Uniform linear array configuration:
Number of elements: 12
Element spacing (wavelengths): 0.75
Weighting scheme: uniform
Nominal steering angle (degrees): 60
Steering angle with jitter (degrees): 61.243
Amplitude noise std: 0.05
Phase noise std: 0.05

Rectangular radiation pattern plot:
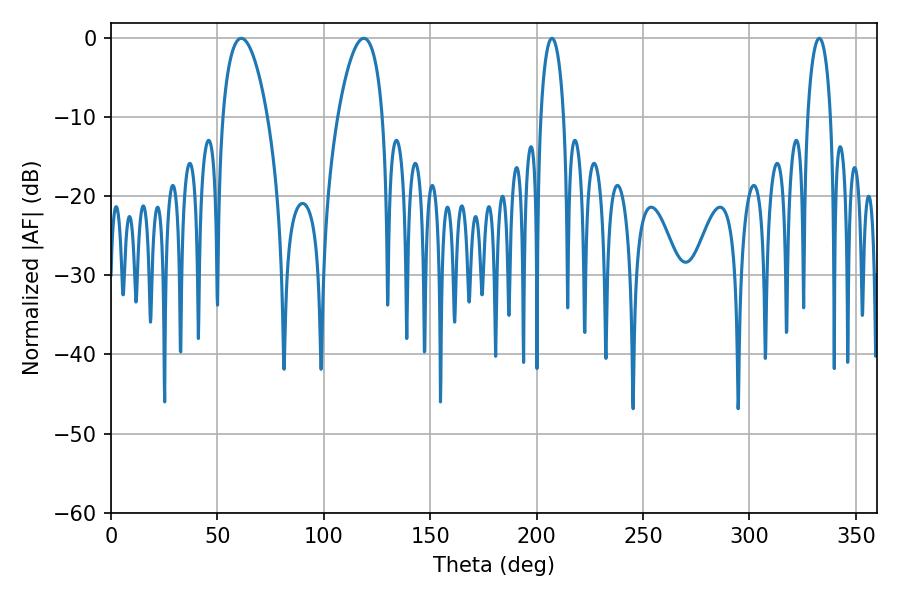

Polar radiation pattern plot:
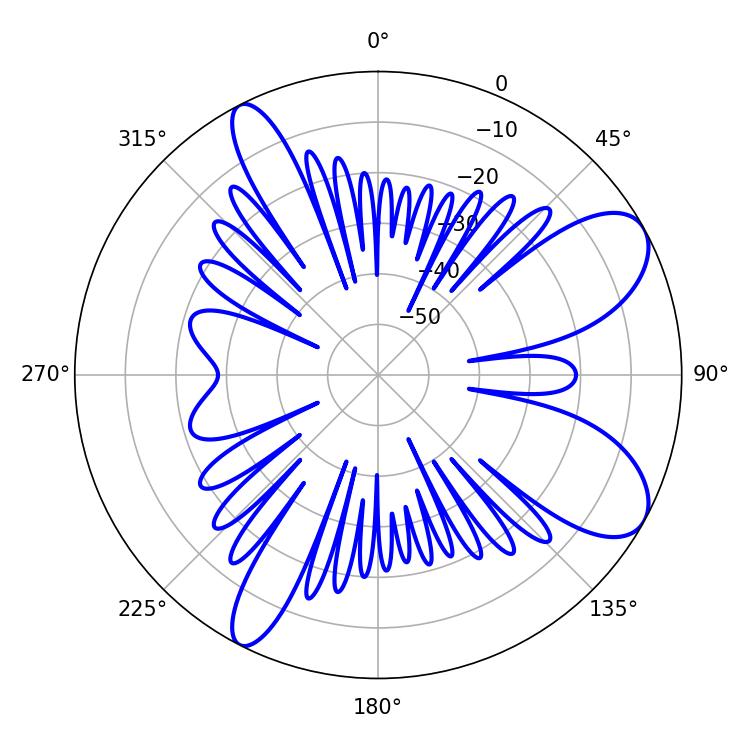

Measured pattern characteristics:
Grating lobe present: TRUE
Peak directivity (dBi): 8.603
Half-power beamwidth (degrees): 11.7
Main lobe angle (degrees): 61.2